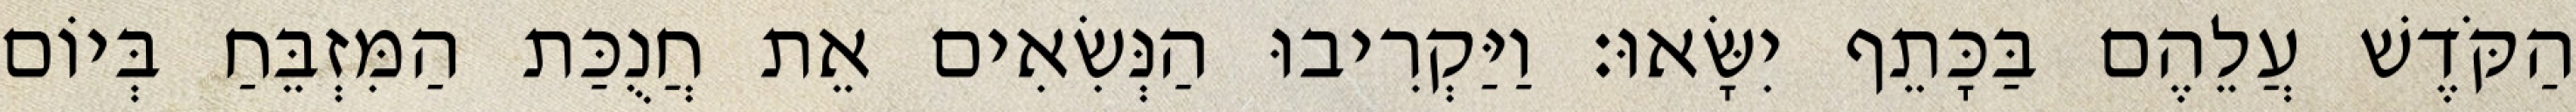
הַקֹּדֶשׁ עֲלֵהֶם בַּכָּתֵף יִשָּׂאוּ׃ וַיַּקְרִיבוּ הַנְּשִׂאִים אֵת חֲנֻכַּת הַמִּזְבֵּחַ בְּיוֹם